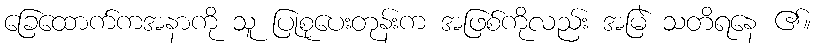
ခြေထောက်ကအနာကို သူ ပြုစုပေးတုန်းက အဖြစ်ကိုလည်း အမြဲ သတိရနေ ၏။